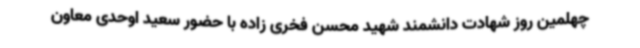
چهلمین روز شهادت دانشمند شهید محسن فخری زاده با حضور سعید اوحدی معاون